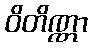
ဝိတိဏ္ဏာ